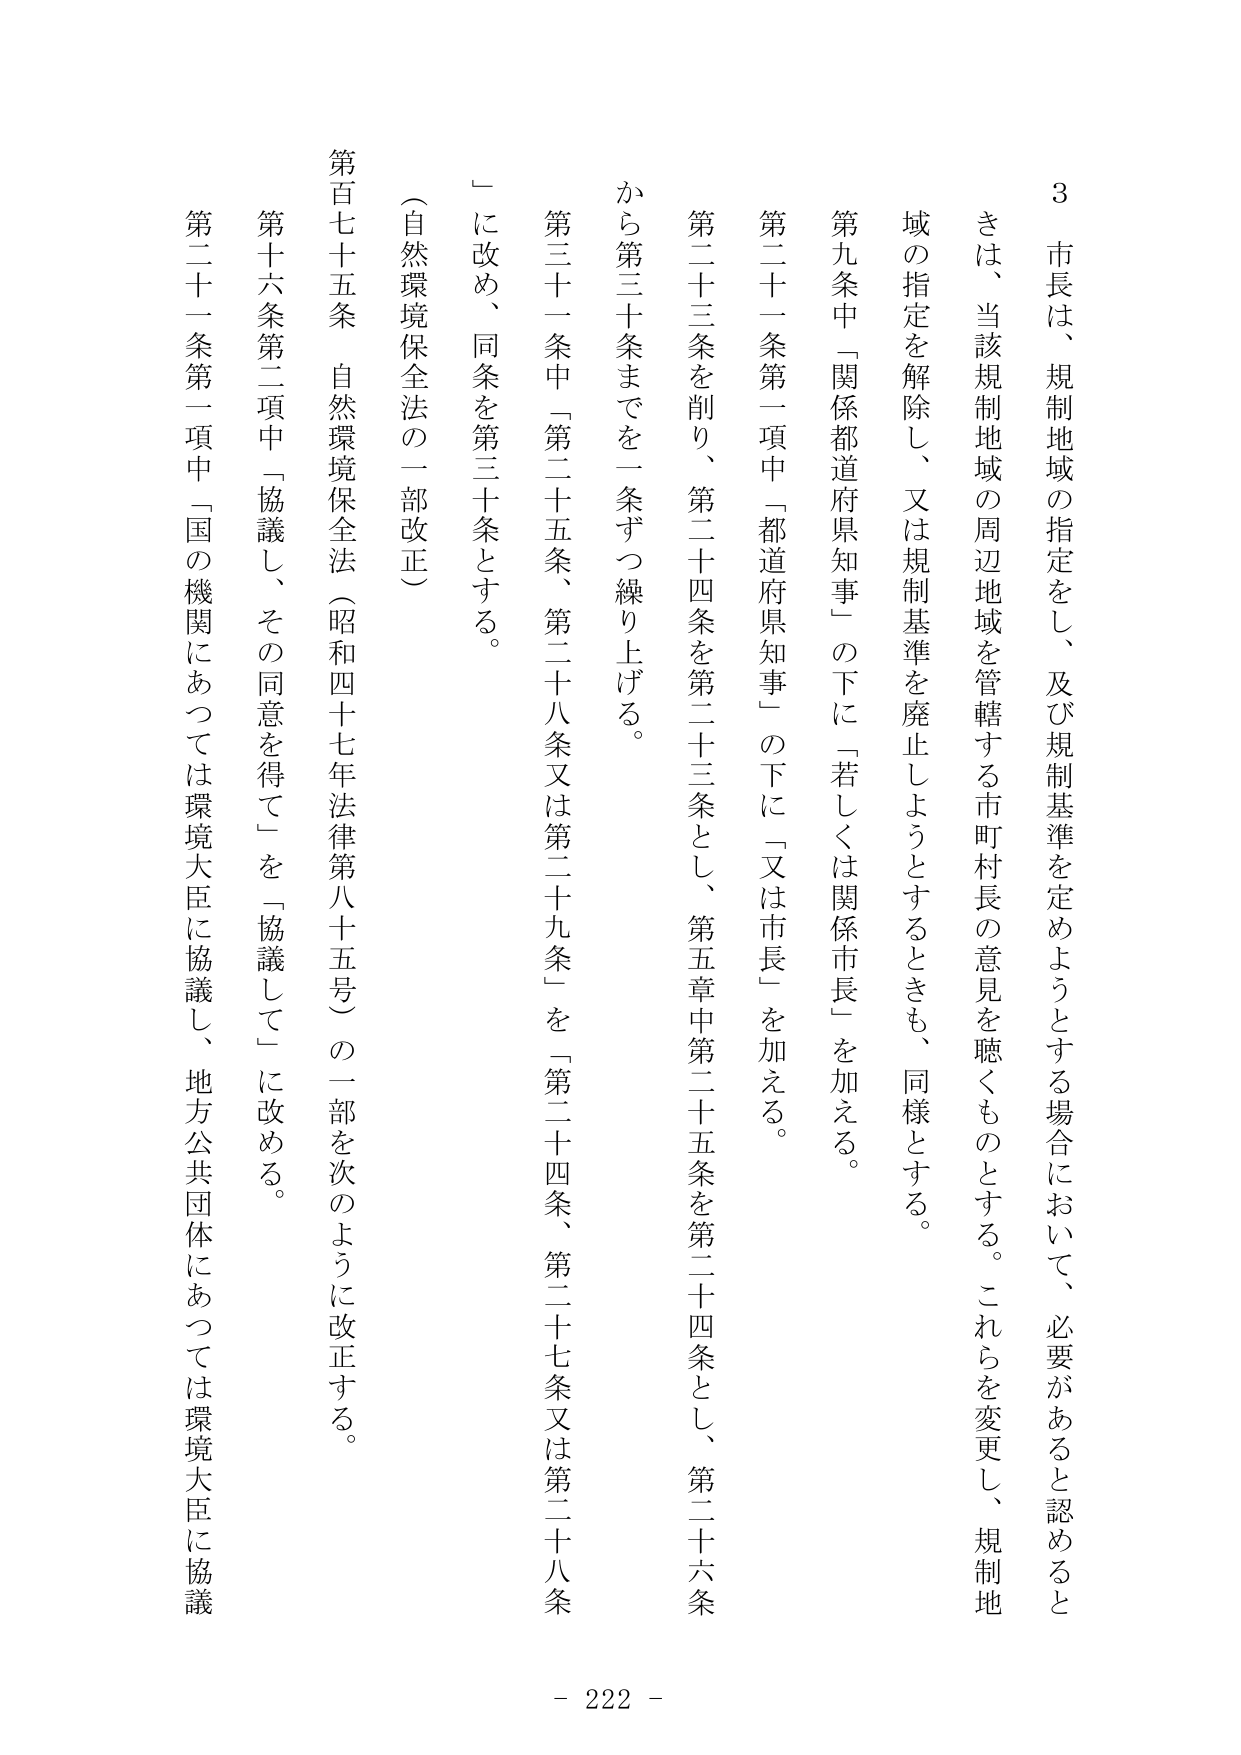
3 市長は、規制地域の指定をし、及び規制基準を定めようとする場合において、必要があると認めるときは、当該規制地域の周辺地域を管轄する市町村長の意見を聴くものとする。これらを変更し、規制地域の指定を解除し、又は規制基準を廃止しようとするときも、同様とする。

第九条中「関係都道府県知事」の下に「若しくは関係市長」を加える。

第二十一条第一項中「都道府県知事」の下に「又は市長」を加える。

第二十三条を削り、第二十四条を第二十三条とし、第五章中第二十五条を第二十四条とし、第二十六条から第三十条までを一条ずつ繰り上げる。

第三十一条中「第二十五条、第二十八条又は第二十九条」を「第二十四条、第二十七条又は第二十八条」に改め、同条を第三十条とする。

（自然環境保全法の一部改正）

第百七十五条 自然環境保全法（昭和四十七年法律第八十五号）の一部を次のように改正する。

第十六条第二項中「協議し、その同意を得て」を「協議して」に改める。

第二十一条第一項中「国の機関にあっては環境大臣に協議し、地方公共団体にあっては環境大臣に協議

- 222 -